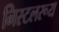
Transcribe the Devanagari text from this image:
निस्टलरूय